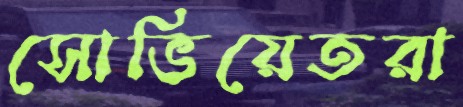
সোভিয়েতরা